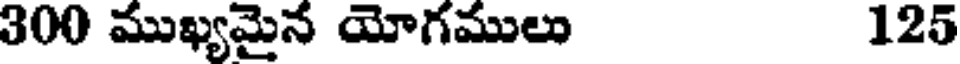
300 ముఖ్యమైన యోగములు 125